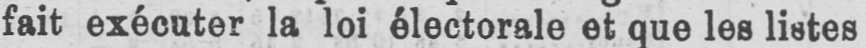
fait exécuter la loi électorale et que les listes